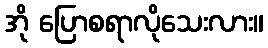
အို ပြောစရာလိုသေးလား။